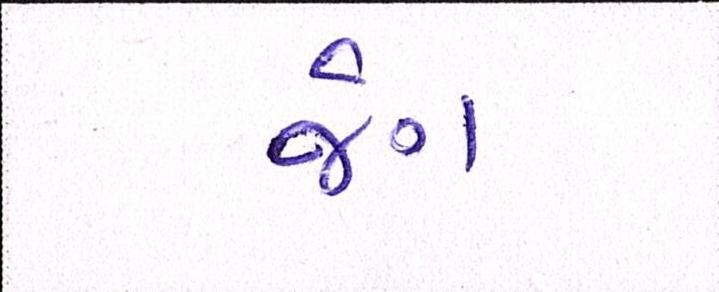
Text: જંગ